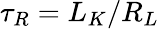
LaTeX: \tau_{R}=L_{K}/R_{L}